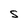
Character: S